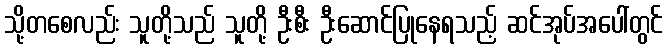
သို့တစေလည်း သူတို့သည် သူတို့ ဦးစီး ဦးဆောင်ပြုနေရသည့် ဆင်အုပ်အပေါ်တွင်